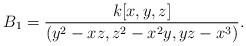
LaTeX: \begin{align*}B_1=\frac{k[x,y,z]}{(y^2-xz,z^2-x^2y,yz-x^3)}.\end{align*}